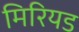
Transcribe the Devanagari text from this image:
मिरियड